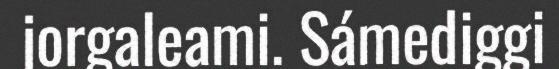
jorgaleami. Sámediggi